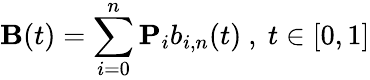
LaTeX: \mathbf{B}(t)=\sum_{i=0}^{n}\mathbf{P}_{i}b_{i,n}(t){\mathrm{~,~}}t\in[0,1]